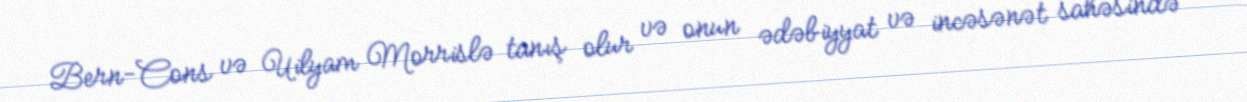
Bern-Cons və Uilyam Morrislə tanış olur və onun ədəbiyyat və incəsənət sahəsində